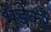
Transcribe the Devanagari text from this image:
भडेकर